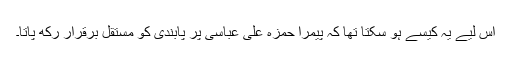
اس لیے یہ کیسے ہو سکتا تھا کہ پیمرا حمزہ علی عباسی پر پابندی کو مستقل برقرار رکھ پاتا۔